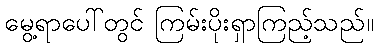
မွေ့ရာပေါ်တွင် ကြမ်းပိုးရှာကြည့်သည်။